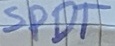
Text: SPDT